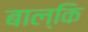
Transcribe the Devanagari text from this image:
बाल्कि